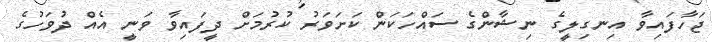
ޖަހާފައިވާ އިނގިލީގެ ނިޝާންގެ ސައްހަކަން ކަށަވަރު ކުރުމަށް ދީފައިވާ ވަނީ އެއް ދުވަހުގެ